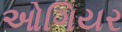
ઓગિયર